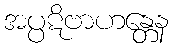
အပ္ပဋိဗာဟန္တေန